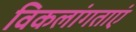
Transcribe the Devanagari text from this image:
विकलांगताएं